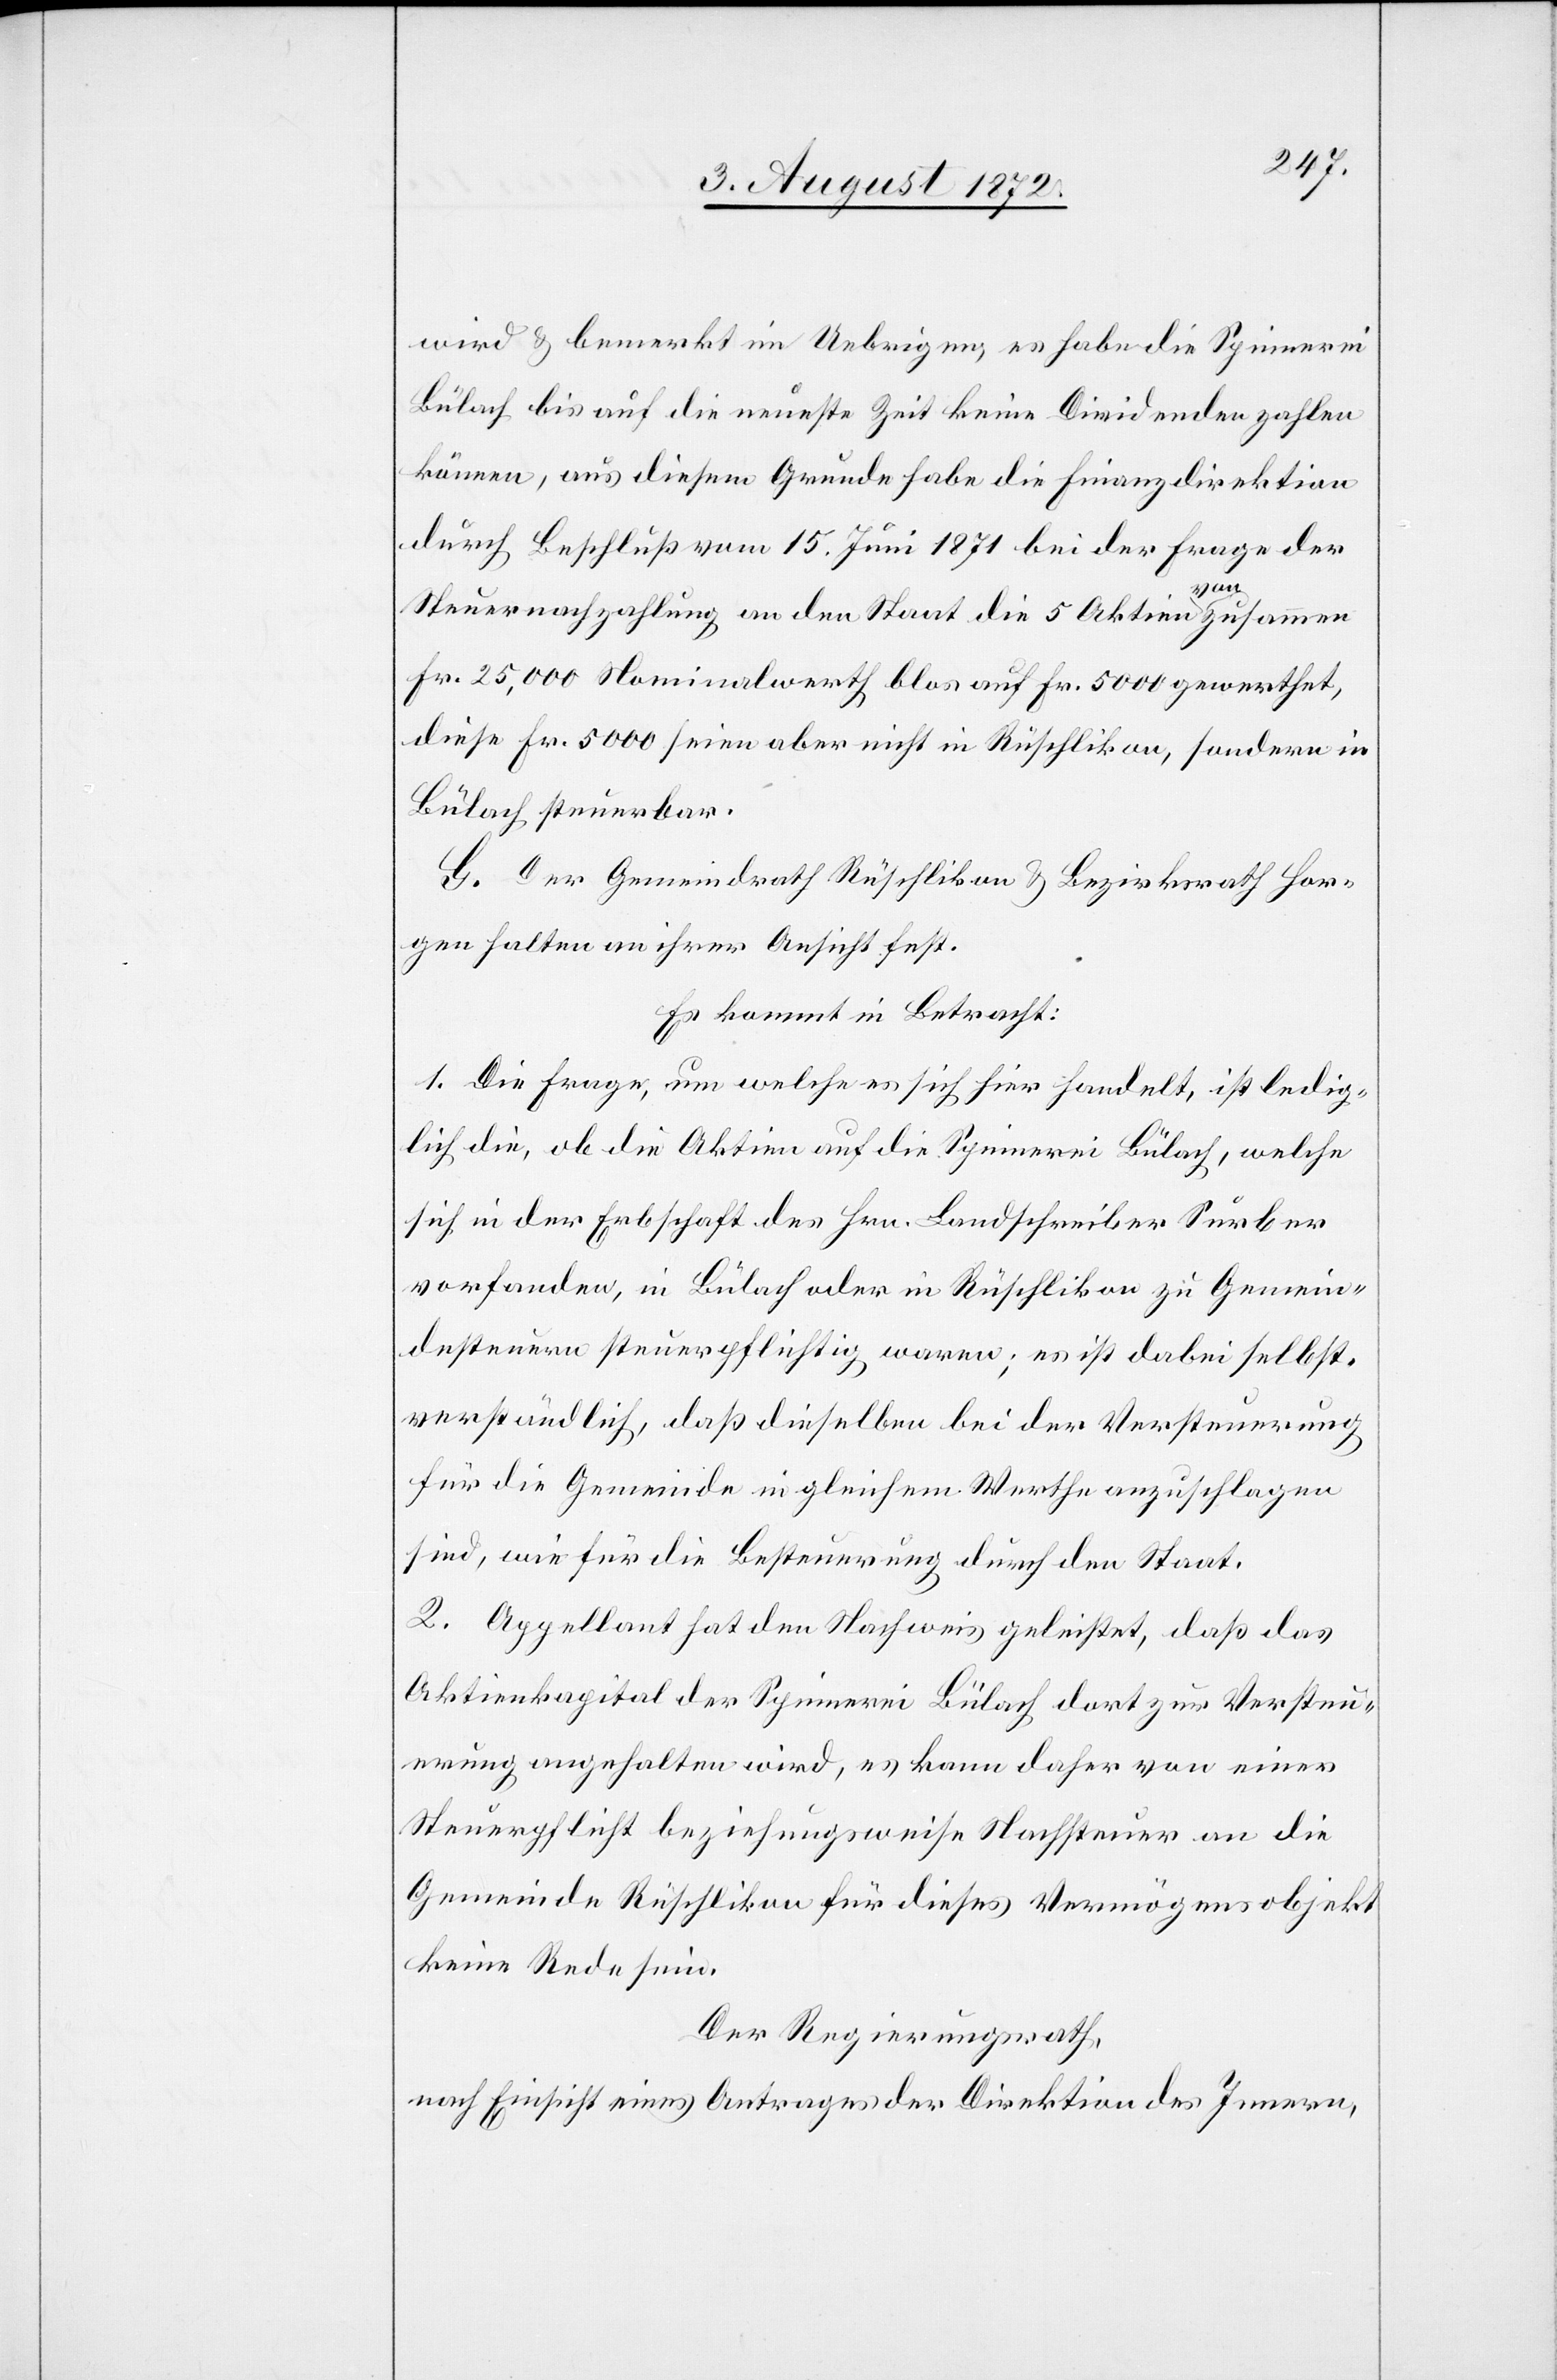
wird u. bemerkt im Uebrigen, es habe die Spinnerei
Bülach bis auf die neueste Zeit keine Dividenden zahlen
können, aus diesem Grunde habe die Finanzdirektion
durch Beschluß vom 15. Juni 1871 bei der Frage der
Steuernachzahlung an den Staat die 5 Aktien von zusammen
Fr. 25,000 Nominalwerth blos auf Fr. 5000 gewerthet,
diese Fr. 5000 seien aber nicht in Rüschlikon, sondern in
Bülach steuerbar.
G. Der Gemeindrath Rüschlikon u. Bezirksrath Hor¬
gen halten an ihrer Ansicht fest.
Es kommt in Betracht:
1. Die Frage, um welche es sich hier handelt, ist ledig¬
lich die, ob die Aktien auf die Spinnerei Bülach, welche
sich in der Erbschaft des Hrn. Landschreiber Surber
vorfanden, in Bülach oder in Rüschlikon zu Gemein¬
desteuern steuerpflichtig waren; es ist dabei selbst¬
verständlich, daß dieselben bei der Versteuerung
für die Gemeinde in gleichem Werthe anzuschlagen
sind, wie für die Besteuerung durch den Staat.
2. Appellant hat den Nachweis geleistet, daß das
Aktienkapital der Spinnerei Bülach dort zur Versteu¬
erung angehalten wird, es kann daher von einer
Steuerpflicht beziehungsweise Nachsteuer an die
Gemeinde Rüschlikon für dieses Vermögensobjekt
keine Rede sein.
Der Regierungsrath,
nach Einsicht eines Antrages der Direktion des Innern,